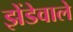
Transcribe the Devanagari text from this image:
झेंडेवाले